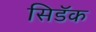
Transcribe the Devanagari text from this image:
सिडॅक